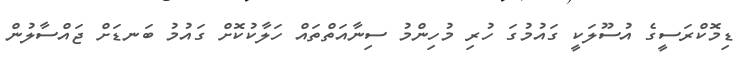
ޑިމޮކްރަސީގެ އުސޫލަކީ ގައުމުގަ ހުރި މުހިންމު ސިނާއަތްތައް ހަލާކުކޮށް ގައުމު ބަނޑަށް ޖައްސާލުން